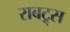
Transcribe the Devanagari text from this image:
राबट्र्स